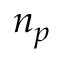
n _ { p }